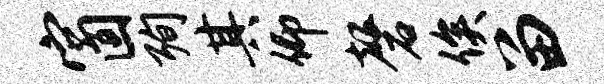
窗殉其仰磬俟留